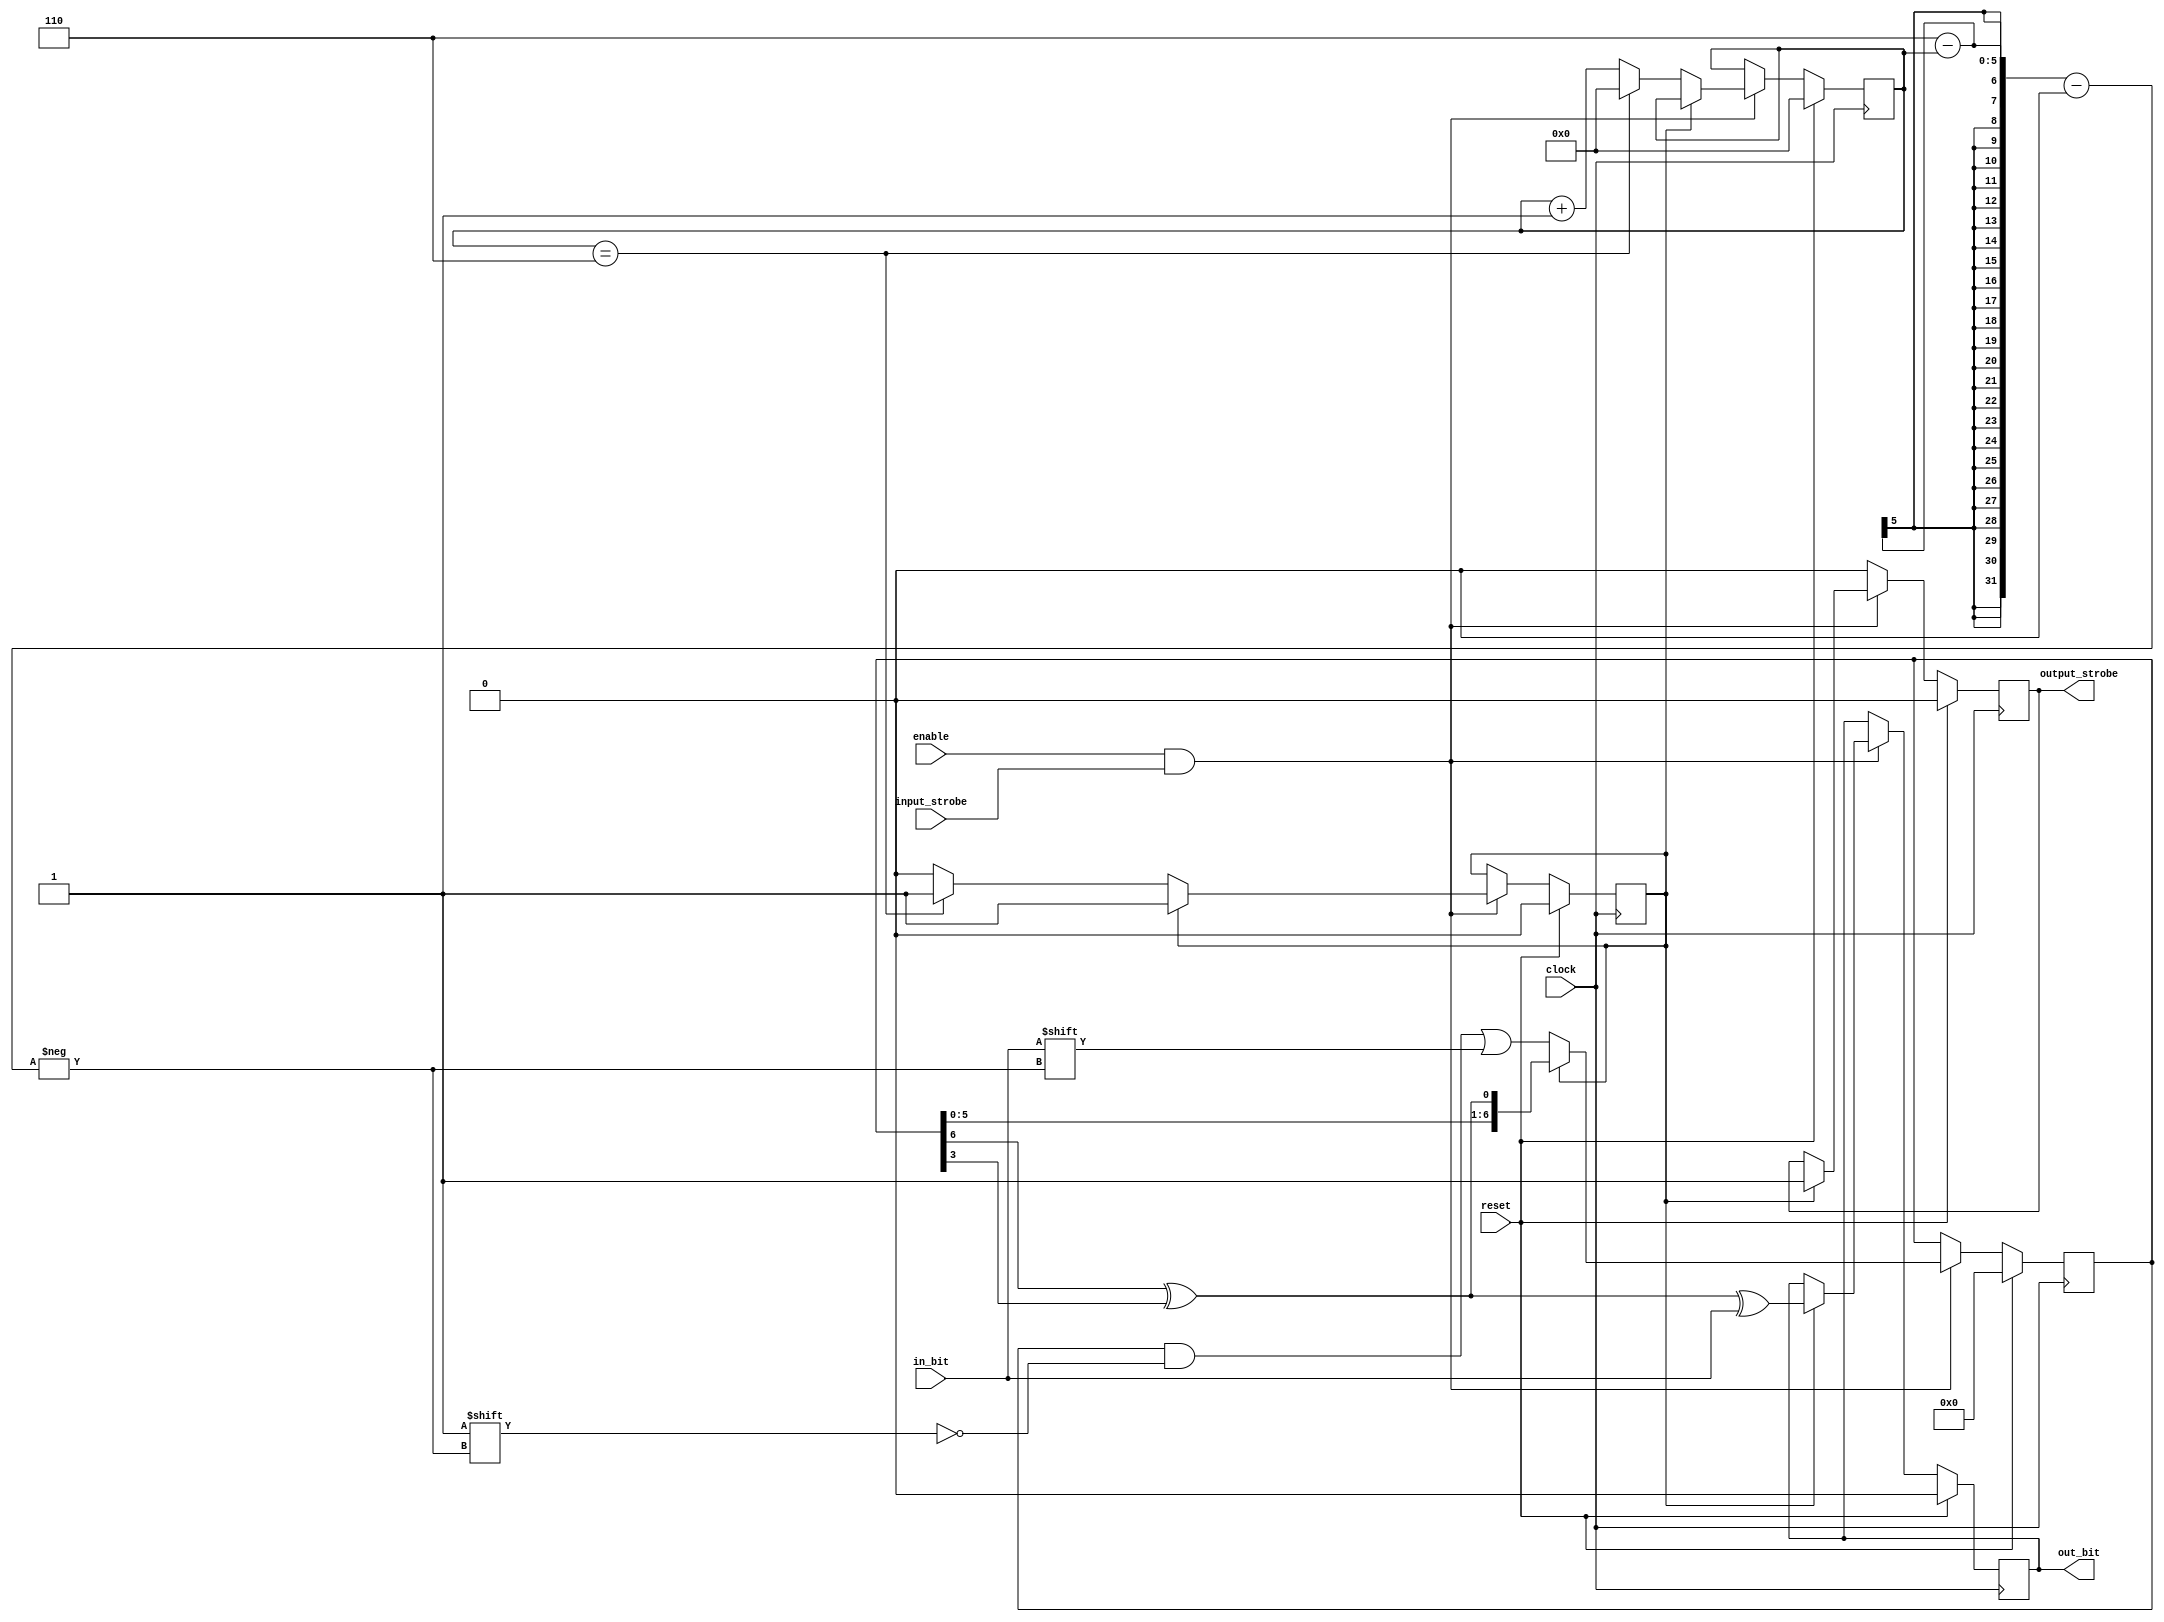
// This program was cloned from: https://github.com/jhshi/openofdm
// License: Apache License 2.0

module descramble
(
    input clock,
    input enable,
    input reset,

    input in_bit,
    input input_strobe,

    output reg out_bit,
    output reg output_strobe
);

reg [6:0] state;
reg [4:0] bit_count;

reg inited;

wire feedback = state[6] ^ state[3];

always @(posedge clock) begin
    if (reset) begin
        bit_count <= 0;
        state <= 0;
        inited <= 0;
        out_bit <= 0;
        output_strobe <= 0;
    end else if (enable & input_strobe) begin
        if (!inited) begin
            state[6-bit_count] <= in_bit;
            if (bit_count == 6) begin
                bit_count <= 0;
                inited <= 1;
            end else begin
                bit_count <= bit_count + 1;
            end
        end else begin
            out_bit <= feedback ^ in_bit;
            output_strobe <= 1;
            state <= {state[5:0], feedback};
        end
    end else begin
        output_strobe <= 0;
    end
end

endmodule